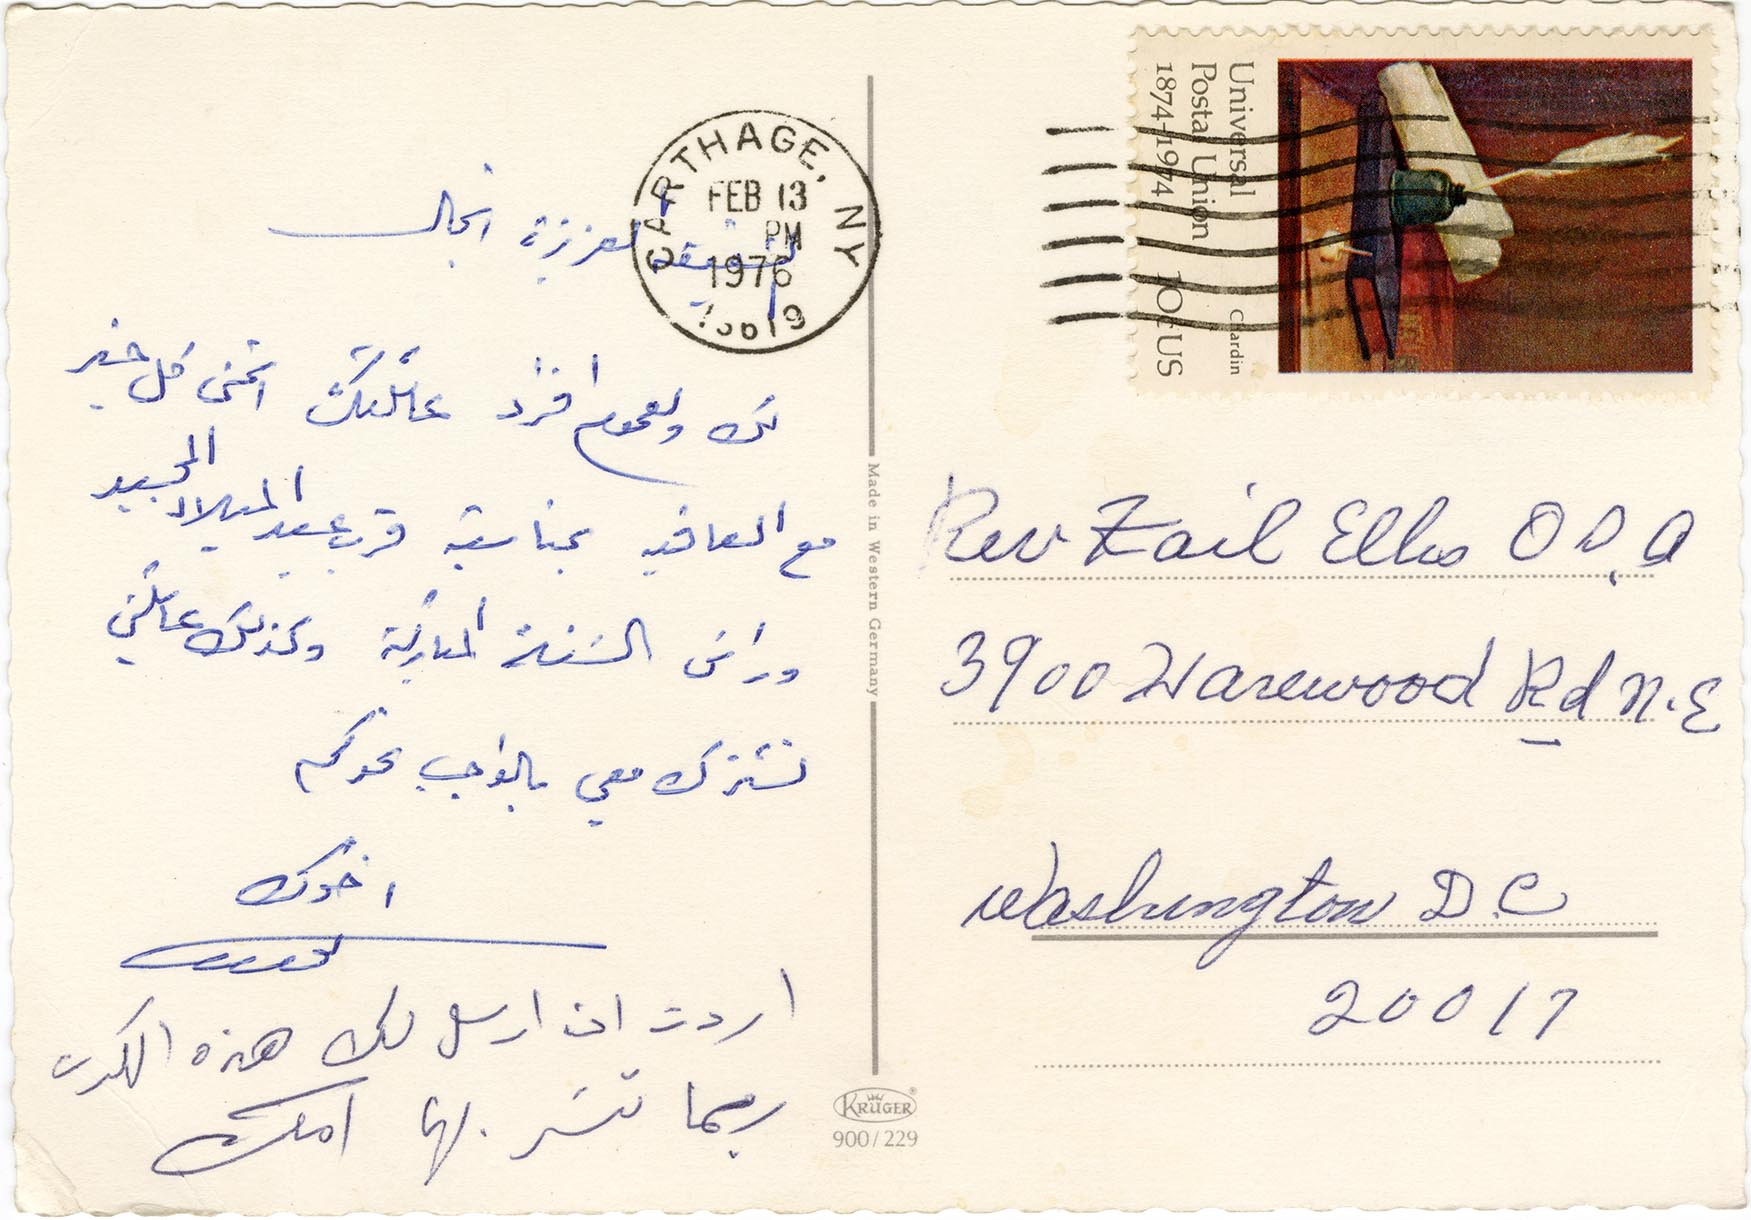
العزيزة انجال
لك ولعموم افراد عائلتك أتمنى كل خير
مع العافية بمناسبة قرب عيد الميلاد المجيد
وراس السنة المباركة وكذلك عائلتي
تشترك معي بوالجب نحوكم
اخوك
اردت ان ارسل لك هذه الكرت
ربما تشكر بها امك